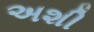
અશી